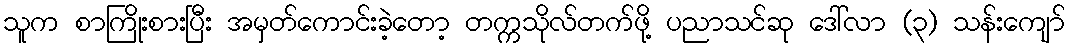
သူက စာကြိုးစားပြီး အမှတ်ကောင်းခဲ့တော့ တက္ကသိုလ်တက်ဖို့ ပညာသင်ဆု ဒေါ်လာ (၃) သန်းကျော်